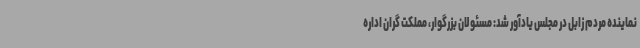
نماینده مردم زابل در مجلس یادآور شد: مسئولان بزرگوار، مملکت گران اداره